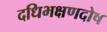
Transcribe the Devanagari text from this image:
दधिभक्षणदोष